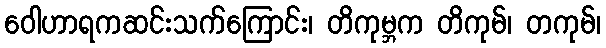
ဝေါဟာရကဆင်းသက်ကြောင်း၊ တိကုမ္ဘက တိကုမ်၊ တကုမ်၊